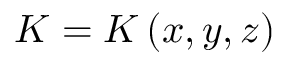
K = K \left( x , y , z \right)